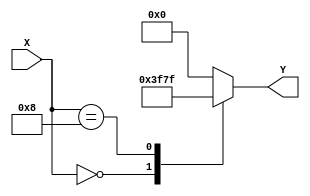
`timescale 1ns / 1ps
//////////////////////////////////////////////////////////////////////////////////
// Company: 
// Engineer: 
// 
// Design Name: 
// Module Name: SevenSegment
// Project Name: 
// Target Devices: 
// Tool Versions: 
// Description: 
// 
// Dependencies: 
// 
// Revision:
// Revision 0.01 - File Created
// Additional Comments:
// 
//////////////////////////////////////////////////////////////////////////////////


module SevenSegment(
    input [3:0] X,
    output [6:0] Y
    );
reg [6:0] Out;
always@(X) begin
case(X)
4'b0000 : Out = 7'b1111110;
4'b1000 : Out = 7'b1111111;
default : Out = 7'b0000000;
endcase
end
assign Y = Out;
endmodule